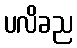
ပလိခည